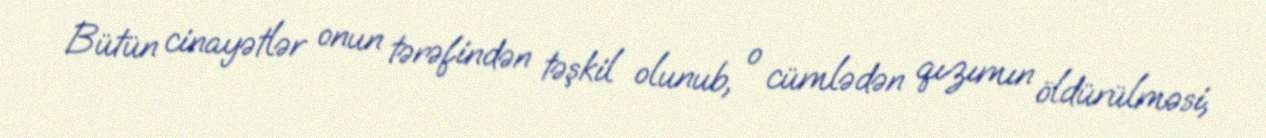
Bütün cinayətlər onun tərəfindən təşkil olunub, o cümlədən qızımın öldürülməsi,